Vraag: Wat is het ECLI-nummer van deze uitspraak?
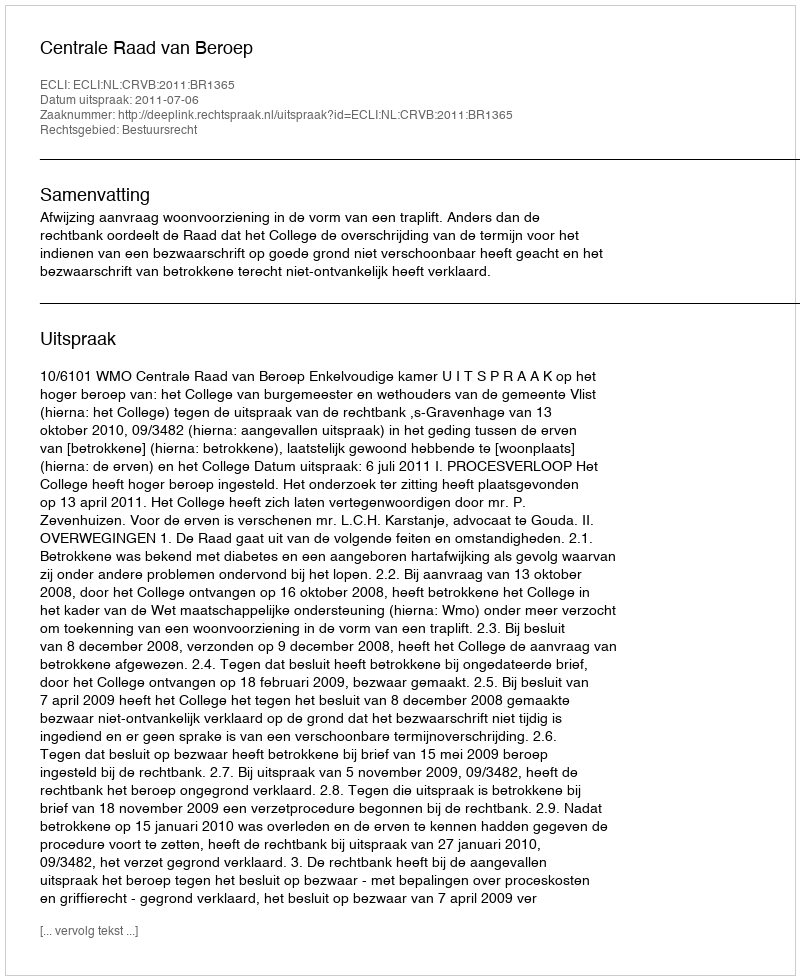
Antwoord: ECLI:NL:CRVB:2011:BR1365